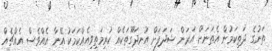
ތަނުގެ ދަތިކަމުން އެތަނަށް އަރަން ޝަދަފަށް އުނދަގޫތަކެއް ކުރިމަތިވިއެއްކަމަކު އޭނާ އެއްވެސް އެއްޗެއް